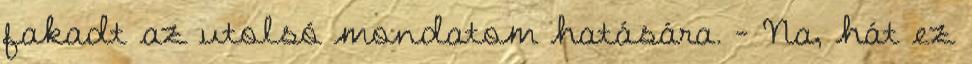
fakadt az utolsó mondatom hatására. - Na, hát ez